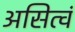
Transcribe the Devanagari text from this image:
असित्वं